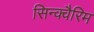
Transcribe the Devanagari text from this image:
सिन्क्वैरिम